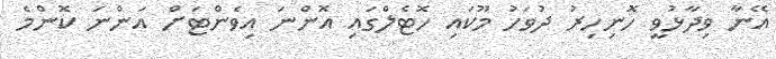
އޭނާ ވިދާޅުވީ ހޮނިހިރު ދުވަހު މޫކައި ހޮޓެލްގައި އޮންނަ އިވެންޓަށް އަންނަ ކޮންމެ